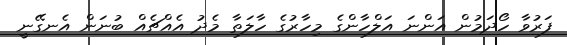
ފަރުވާ ހޯދަމުން އަންނަ އަލްހާންގެ މިހާރުގެ ހާލަތާ މެދު އެއްޗެއް ބުނަން އެނގޭނީ